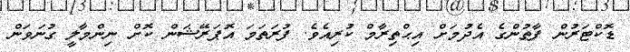
ޑޮކްޓަރުން ފާތުންގެ އެދުމަށް އިޙްތިރާމް ކުރިއެވެ. ފުރަތަމަ އޮޕަރޭޝަން ކޮށް ނިންމާލީ ގުނަވަން